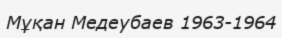
Мұқан Медеубаев 1963-1964